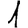
Digit: 1